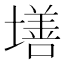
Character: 墡